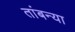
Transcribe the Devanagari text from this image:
तांबन्या